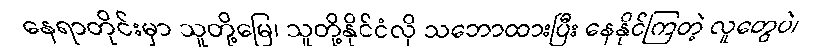
နေရာတိုင်းမှာ သူတို့မြေ၊ သူတို့နိုင်ငံလို သဘောထားပြီး နေနိုင်ကြတဲ့ လူတွေပဲ၊